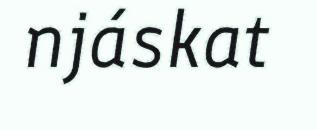
njáskat